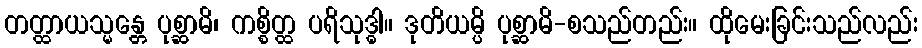
တတ္ထာယသ္မန္တေ ပုစ္ဆာမိ၊ ကစ္စိတ္ထ ပရိသုဒ္ဓါ။ ဒုတိယမ္ပိ ပုစ္ဆာမိ-စသည်တည်း။ ထိုမေးခြင်းသည်လည်း